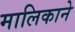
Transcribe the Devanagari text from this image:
मालिकाने